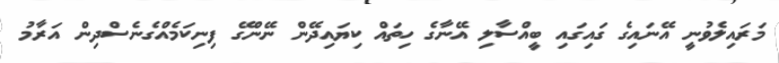
މަރައިލެވުނީ އޭނައިގެ ގައިގައި ބީއްސާލި އޭނާގެ ހިތައް ކިޔައިދޭން ނޭންގޭ ފިނިކަމެއްގެނެސްދިން އަރާމު